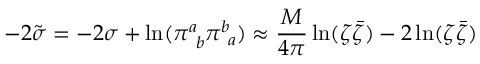
- 2 \tilde { \sigma } = - 2 \sigma + \ln ( \pi _ { ~ b } ^ { a } \pi _ { ~ a } ^ { b } ) \approx \frac { M } { 4 \pi } \ln ( \zeta \bar { \zeta } ) - 2 \ln ( \zeta \bar { \zeta } )